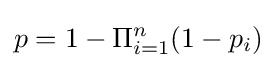
p=1-\Pi _{i=1}^{n}(1-p_{i})